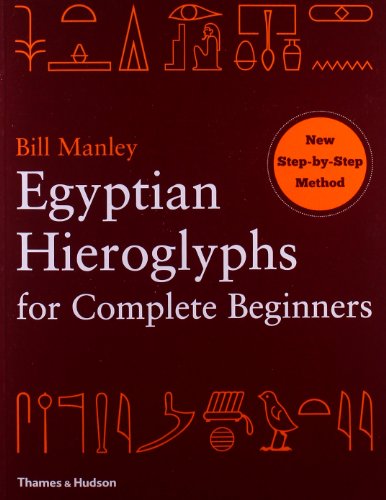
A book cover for Egyptian Hieroglyphs for Complete Beginners; Bill Manley; History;